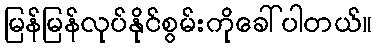
မြန်မြန်လုပ်နိုင်စွမ်းကိုခေါ်ပါတယ်။